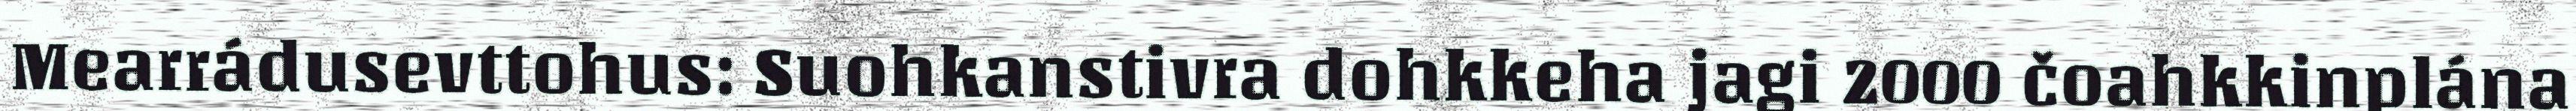
Mearrádusevttohus: Suohkanstivra dohkkeha jagi 2000 čoahkkinplána